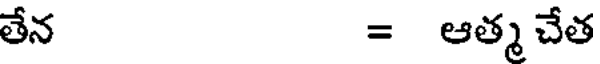
తేన = ఆత్మ చేత